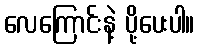
လေကြောင်းနဲ့ ပို့ပေးပါ။